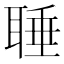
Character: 𦖋